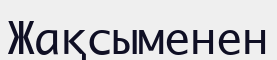
Жақсыменен